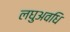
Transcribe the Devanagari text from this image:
लघुअवधि